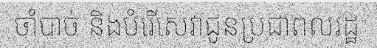
ចាំបាច់ និងបំរើសេវាជូនប្រជាពលរដ្ឋ